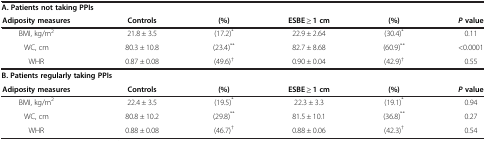
<table><thead><tr><td colspan="2"><b>A. Patients not taking PPIs</b></td><td><b> </b></td><td><b> </b></td><td><b> </b></td><td><b> </b></td></tr><tr><td><b>Adiposity measures</b></td><td><b>Controls</b></td><td><b>(%)</b></td><td><b>ESBE ≥ 1 cm</b></td><td><b>(%)</b></td><td><b><i>P </i>value</b></td></tr></thead><tbody><tr><td>BMI, kg/m<sup>2</sup></td><td>21.8 ± 3.5</td><td>(17.2)<sup>*</sup></td><td>22.9 ± 2.64</td><td>(30.4)<sup>*</sup></td><td>0.11</td></tr><tr><td>WC, cm</td><td>80.3 ± 10.8</td><td>(23.4)<sup>**</sup></td><td>82.7 ± 8.68</td><td>(60.9)<sup>**</sup></td><td>&lt;0.0001</td></tr><tr><td>WHR</td><td>0.87 ± 0.08</td><td>(49.6)<sup>†</sup></td><td>0.90 ± 0.04</td><td>(42.9)<sup>†</sup></td><td>0.55</td></tr><tr><td colspan="2"><b>B. Patients regularly taking PPIs</b></td><td> </td><td> </td><td> </td><td> </td></tr><tr><td><b>Adiposity measures</b></td><td><b>Controls</b></td><td><b>(%)</b></td><td><b>ESBE ≥ 1 cm</b></td><td><b>(%)</b></td><td><b><i>P </i></b><b>value</b></td></tr><tr><td>BMI, kg/m<sup>2</sup></td><td>22.4 ± 3.5</td><td>(19.5)<sup>*</sup></td><td>22.3 ± 3.3</td><td>(19.1)<sup>*</sup></td><td>0.94</td></tr><tr><td>WC, cm</td><td>80.8 ± 10.2</td><td>(29.8)<sup>**</sup></td><td>81.5 ± 10.1</td><td>(36.8)<sup>**</sup></td><td>0.27</td></tr><tr><td>WHR</td><td>0.88 ± 0.08</td><td>(46.7)<sup>†</sup></td><td>0.88 ± 0.06</td><td>(42.3)<sup>†</sup></td><td>0.54</td></tr></tbody></table>